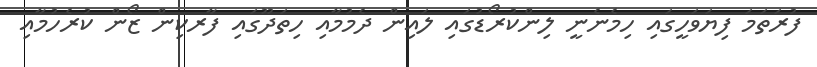
ފުރަތަމަ ފިޔަވަހީގައި ހިމެނެނީ ލިންކުރޯޑުގައި ލައިން ދެމުމާއި ހިތަދޫގައި ފާރކިން ޒޯން ކުރެހުމާއި